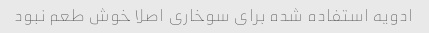
ادویه استفاده شده برای سوخاری اصلا خوش طعم نبود